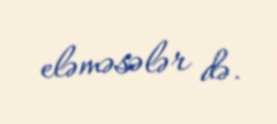
eləməsələr də.